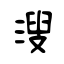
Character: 溲